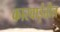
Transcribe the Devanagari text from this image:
कारवाईतील